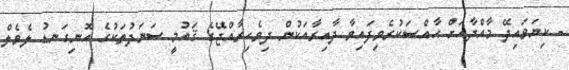
- ކިޔަވައިދޭ މާއްދާއަށް ޙާއްޞަކުރެވިފައިވާ ދާއިރާއަކުން ދިވެހިރާއްޖޭގެ ޤައުމީ ސަނަދުތަކުގެ އޮނިގަނޑު ލެވެލް